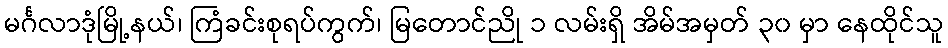
မင်္ဂလာဒုံမြို့နယ်၊ ကြံခင်းစုရပ်ကွက်၊ မြတောင်ညို ၁ လမ်းရှိ အိမ်အမှတ် ၃၀ မှာ နေထိုင်သူ